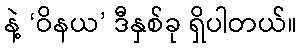
နဲ့ ‘ဝိနယ’ ဒီနှစ်ခု ရှိပါတယ်။